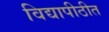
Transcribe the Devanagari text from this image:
विद्यापीठीत